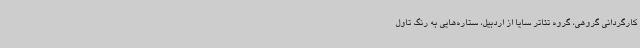
کارگردانی گروهی‌، گروه تئاتر سایا از اردبیل، ستاره‌هایی به رنگ تاول